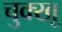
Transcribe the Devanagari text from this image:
चुक्खू